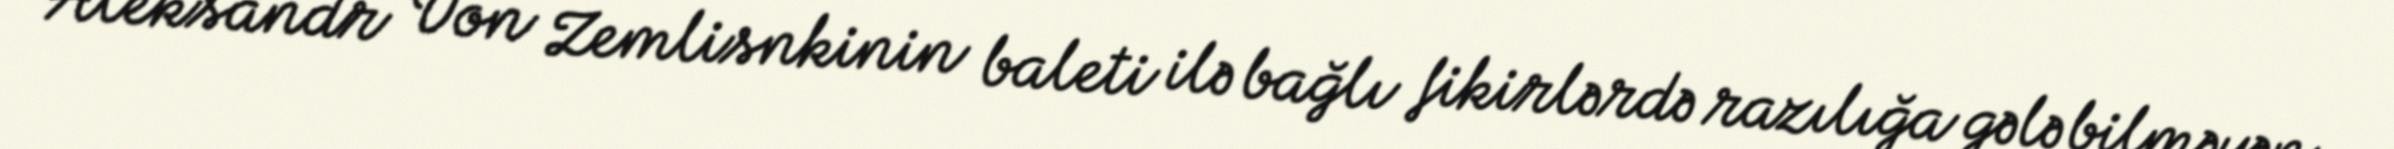
Aleksandr Von Zemlisnkinin baleti ilə bağlı fikirlərdə razılığa gələ bilməyən